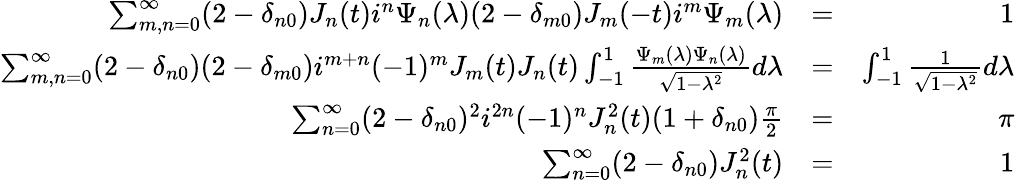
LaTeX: \begin{array}{rlr}{\sum_{m,n=0}^{\infty}(2-\delta_{n0})J_{n}(t)i^{n}\Psi_{n}(\lambda)(2-\delta_{m0})J_{m}(-t)i^{m}\Psi_{m}(\lambda)}&{=}&{1}\\ {\sum_{m,n=0}^{\infty}(2-\delta_{n0})(2-\delta_{m0})i^{m+n}(-1)^{m}J_{m}(t)J_{n}(t)\int_{-1}^{1}\frac{\Psi_{m}(\lambda)\Psi_{n}(\lambda)}{\sqrt{1-\lambda^{2}}}d\lambda}&{=}&{\int_{-1}^{1}\frac{1}{\sqrt{1-\lambda^{2}}}d\lambda}\\ {\sum_{n=0}^{\infty}(2-\delta_{n0})^{2}i^{2n}(-1)^{n}J_{n}^{2}(t)(1+\delta_{n0})\frac{\pi}{2}}&{=}&{\pi}\\ {\sum_{n=0}^{\infty}(2-\delta_{n0})J_{n}^{2}(t)}&{=}&{1}\end{array}